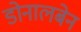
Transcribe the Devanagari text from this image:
डोनालबेन